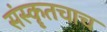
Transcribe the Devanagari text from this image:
संस्कॄतचाच